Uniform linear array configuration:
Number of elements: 12
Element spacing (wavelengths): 0.75
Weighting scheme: hann
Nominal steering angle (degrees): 0
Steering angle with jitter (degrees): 0.00631
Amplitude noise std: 0.05
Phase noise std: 0.05

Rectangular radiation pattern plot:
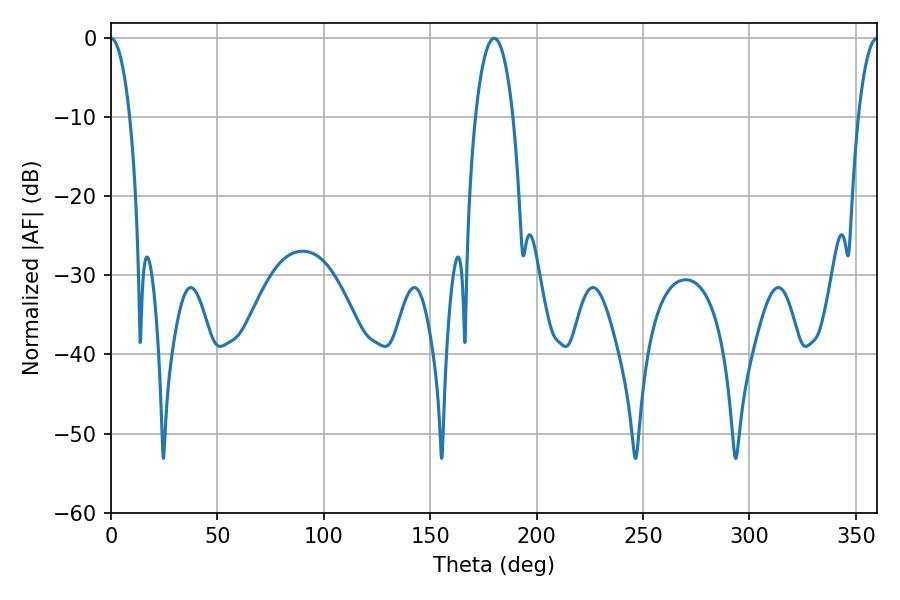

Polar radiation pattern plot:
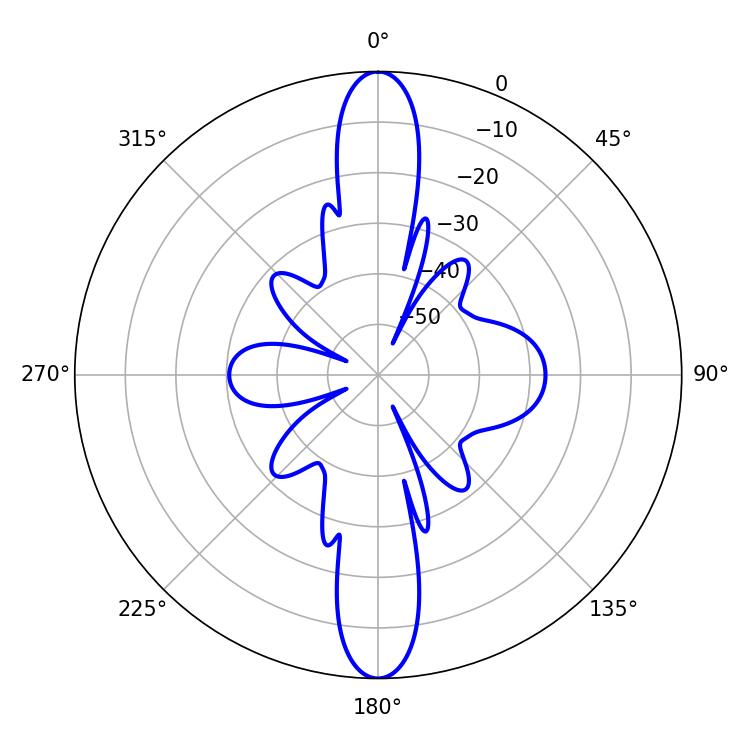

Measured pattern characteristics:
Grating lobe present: TRUE
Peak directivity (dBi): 39.246
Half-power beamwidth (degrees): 4.86
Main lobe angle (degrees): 0